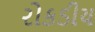
રોકડીય